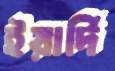
ইয়ার্দি